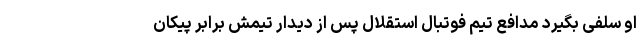
او سلفی بگیرد مدافع تیم فوتبال استقلال پس از دیدار تیمش برابر پیکان